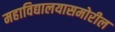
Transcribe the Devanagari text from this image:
महाविद्यालयासमोरील